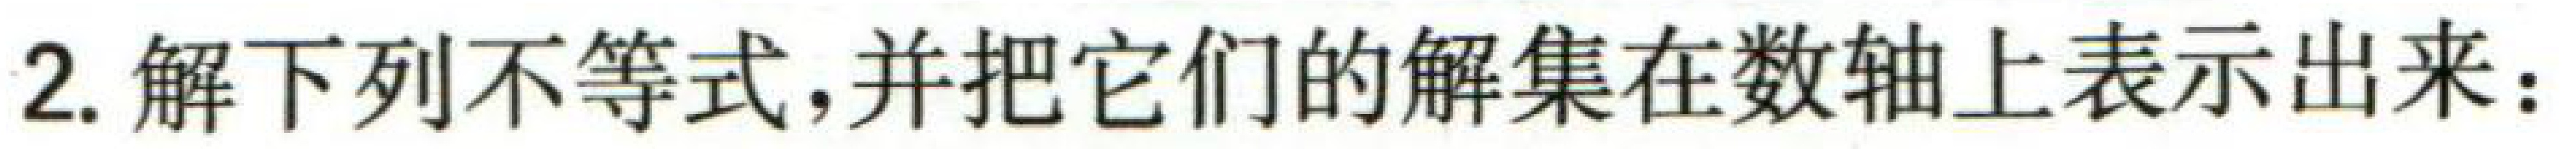
2. 解下列不等式,并把它们的解集在数轴上表示出来：